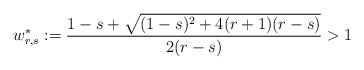
LaTeX: \begin{align*} w_{r,s}^{\ast} := \frac{1-s + \sqrt{(1-s)^2 + 4(r+1)(r-s)}}{2(r-s)} >1\end{align*}